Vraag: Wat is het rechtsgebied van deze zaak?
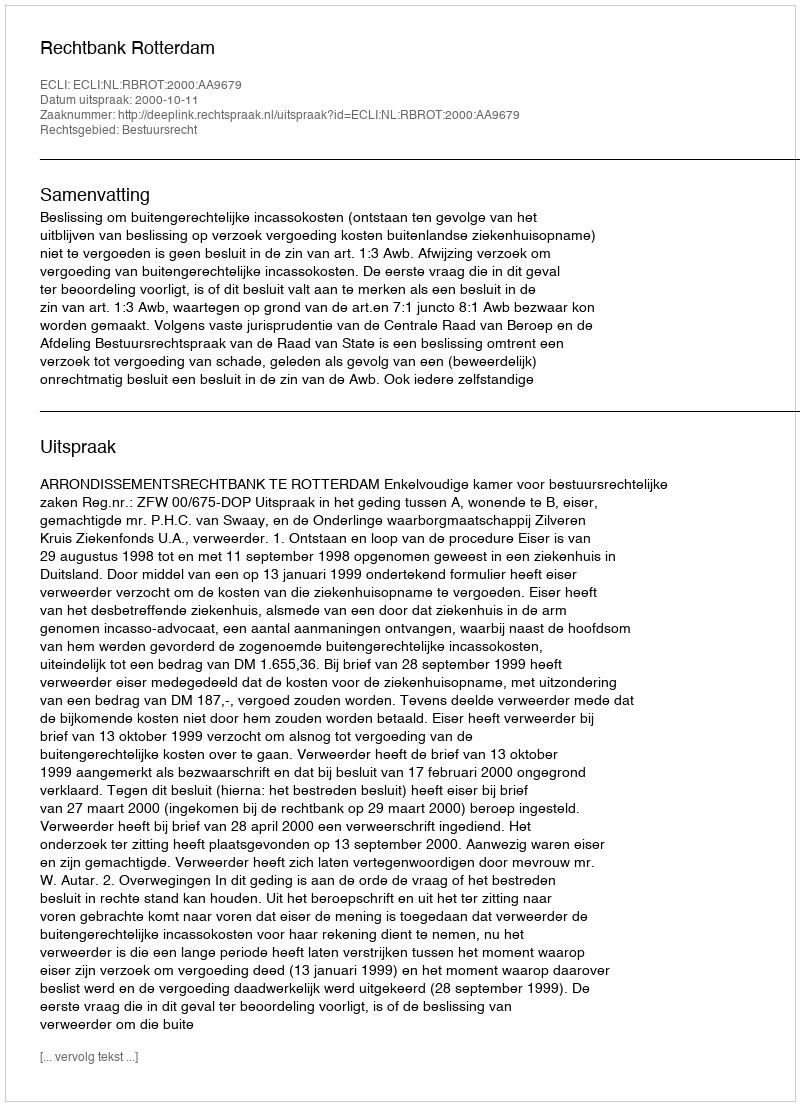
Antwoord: Bestuursrecht